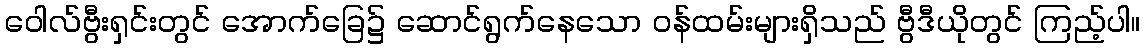
ဝေါလ်ဗွီးရှင်းတွင် အောက်ခြေ၌ ဆောင်ရွက်နေသော ဝန်ထမ်းများရှိသည် ဗွီဒီယိုတွင် ကြည့်ပါ။